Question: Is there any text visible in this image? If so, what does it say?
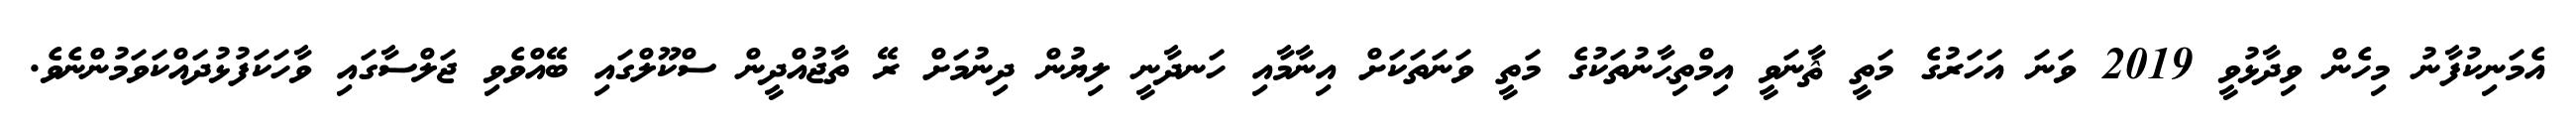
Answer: އެމަނިކުފާނު މިހެން ވިދާޅުވީ 2019 ވަނަ އަހަރުގެ މަތީ ޘާނަވީ އިމްތިޙާނުތަކުގެ މަތީ ވަނަތަކަށް އިނާމާއި ހަނދާނީ ލިޔުން ދިނުމަށް ރޭ ތާޖުއްދީން ސްކޫލްގައި ބޭއްވެވި ޖަލްސާގައި ވާހަކަފުޅުދައްކަވަމުންނެވެ.